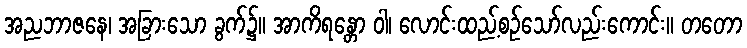
အညဘာဇနေ၊ အခြားသော ခွက်၌။ အာကိရန္တော ဝါ၊ လောင်းထည့်စဉ်သော်လည်းကောင်း။ တတော